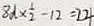
8 d \times \frac { 1 } { 2 } - 1 2 = 2 4